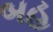
બહ